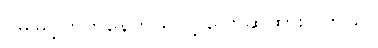
ပိုမိုမြင့်တက်နေတယ်လို့ ပြောဆိုထားပါတယ်။